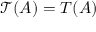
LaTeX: { \mathcal { T } } ( A ) = T ( A )